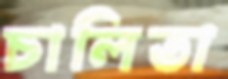
চালিতা